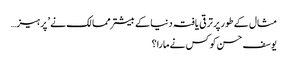
مثال کے طور پر ترقی یافتہ دنیا کے بیشتر ممالک نے ’ پرہیز…
یوسف حسن کو کس نے مارا؟